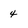
Character: 4